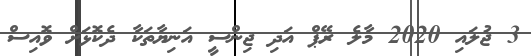
3 ޖުލައި 2020 މާލެ ރޭޕް އަދި ޖިންސީ އަނިޔާތަކާ ދެކޮޅަށް ވޮއިސް